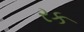
રક